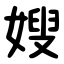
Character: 嫂